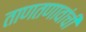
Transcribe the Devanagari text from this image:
ताणतणावांची